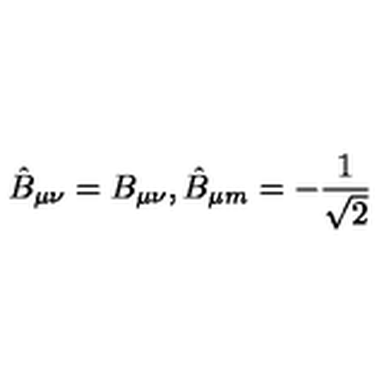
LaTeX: \hat { B } _ { \mu \nu } = B _ { \mu \nu } , \hat { B } _ { \mu m } = - \frac { 1 } { \sqrt { 2 } }